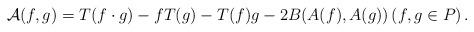
LaTeX: \begin{align*}\mathcal{A}(f, g)= T(f\cdot g)-fT(g)-T(f)g-2B(A(f), A(g)) \left(f, g\in P\right). \end{align*}